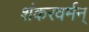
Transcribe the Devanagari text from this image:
शंकरवर्मन्